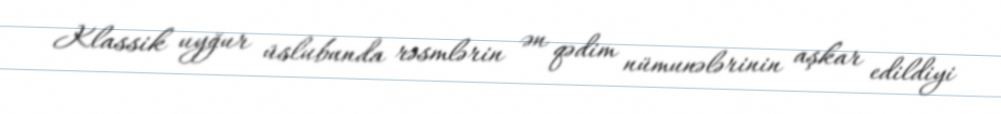
Klassik uyğur üslubunda rəsmlərin ən qədim nümunələrinin aşkar edildiyi